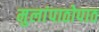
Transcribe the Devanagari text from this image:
मुलांपाठोपाठ